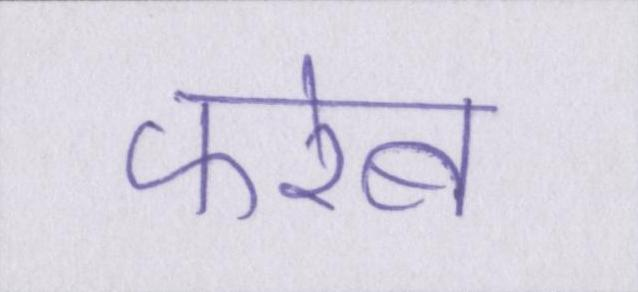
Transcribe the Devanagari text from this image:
फरेब